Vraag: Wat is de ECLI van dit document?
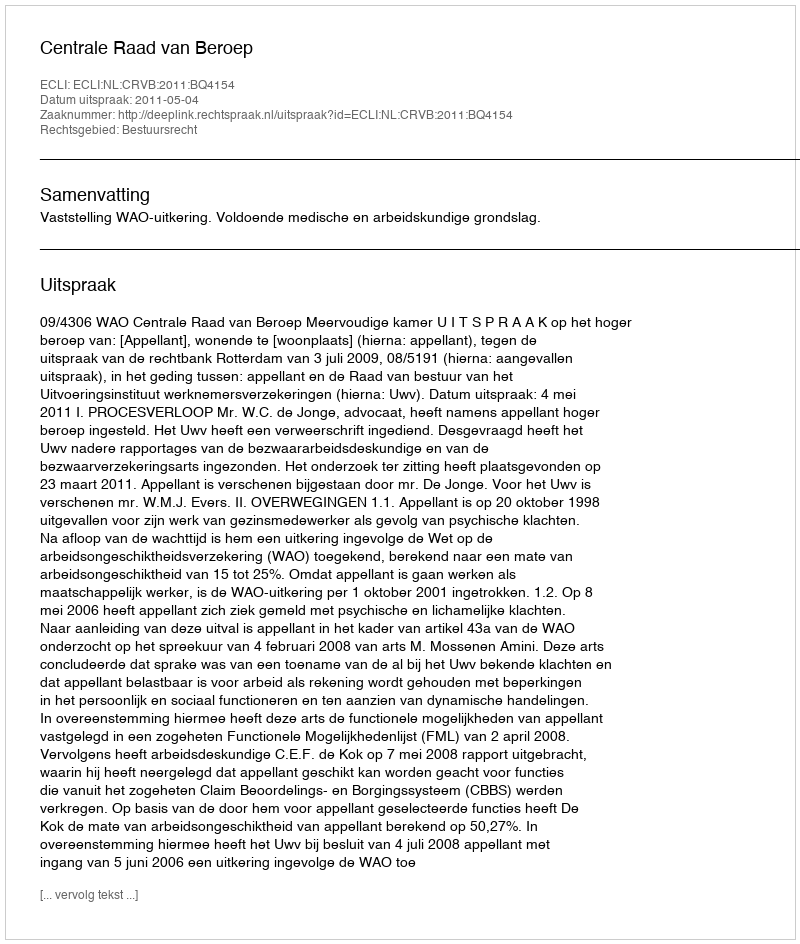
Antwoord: ECLI:NL:CRVB:2011:BQ4154